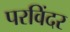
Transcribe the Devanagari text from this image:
परविंदर